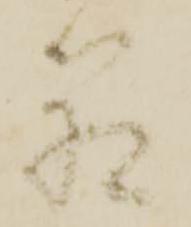
箱